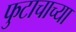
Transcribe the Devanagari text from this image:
फुटाचाच्या